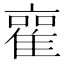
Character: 𮥿